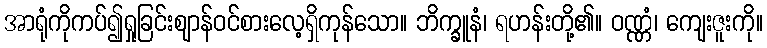
အာရုံကိုကပ်၍ရှုခြင်းဈာန်ဝင်စားလေ့ရှိကုန်သော။ ဘိက္ခူနံ၊ ရဟန်းတို့၏။ ဝဏ္ဏံ၊ ကျေးဇူးကို။